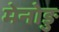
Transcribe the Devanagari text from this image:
मेनोङु